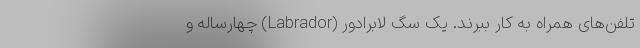
تلفن‌های همراه به کار ببرند. یک سگ لابرادور (Labrador) چهارساله و